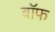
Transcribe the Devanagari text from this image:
बाॅफ